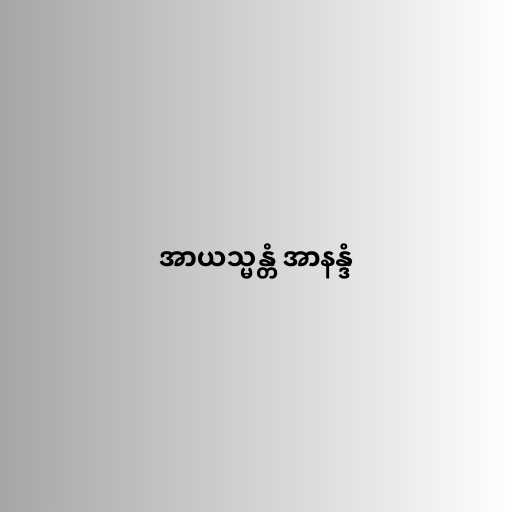
အာယသ္မန္တံ အာနန္ဒံ